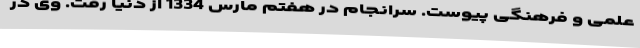
علمی و فرهنگی پیوست. سرانجام در هفتم مارس 1334 از دنیا رفت. وی در